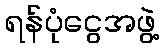
ရန်ပုံငွေအဖွဲ့